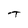
Character: T